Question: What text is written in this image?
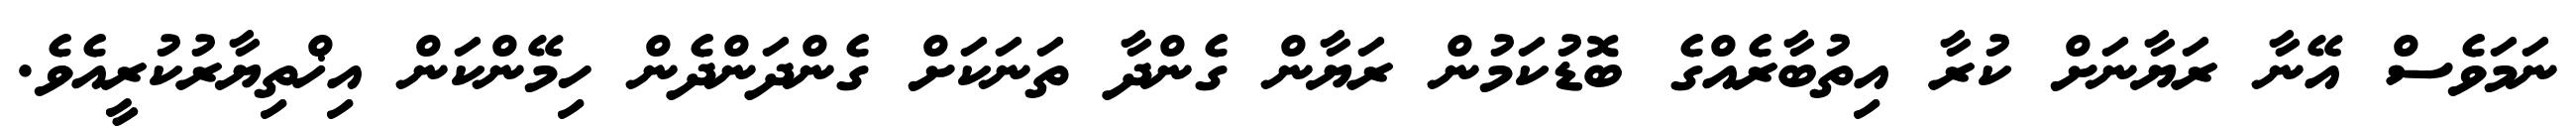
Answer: ނަމަވެސް އޭނާ ރަޔާނަށް ކުރާ އިތުބާރެއްގެ ބޮޑުކަމުން ރަޔާން ގެންދާ ތަނަކަށް ގެންދަންދެން ހިމޭންކަން އިޚްތިޔާރުކުރީއެވެ.